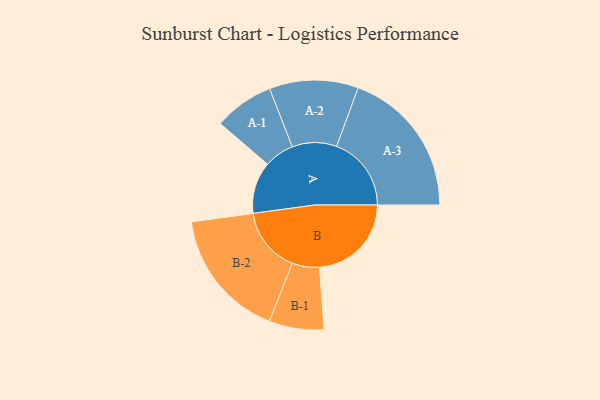
{"axis": {"x": "Segment", "y": "Value"}, "legend": ["", "A", "B"], "data": [{"x": "A", "y": 190, "type": ""}, {"x": "B", "y": 337, "type": ""}, {"x": "A-1", "y": 110, "type": "A"}, {"x": "A-2", "y": 163, "type": "A"}, {"x": "A-3", "y": 274, "type": "A"}, {"x": "B-1", "y": 100, "type": "B"}, {"x": "B-2", "y": 239, "type": "B"}]}